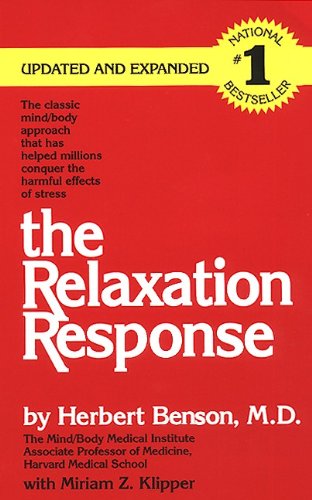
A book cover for The Relaxation Response; Herbert Benson; Self-Help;